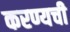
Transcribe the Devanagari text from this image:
करण्यची